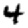
Digit: 4